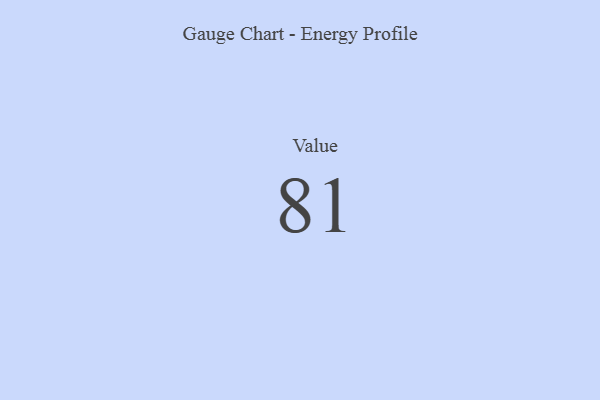
{"axis": {"x": "Metric", "y": "Value"}, "legend": [""], "data": [{"x": "Value", "y": 81, "type": ""}]}